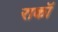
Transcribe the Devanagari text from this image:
राकॉ